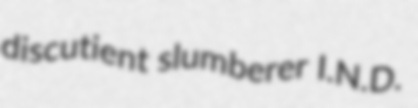
discutient slumberer I.N.D.